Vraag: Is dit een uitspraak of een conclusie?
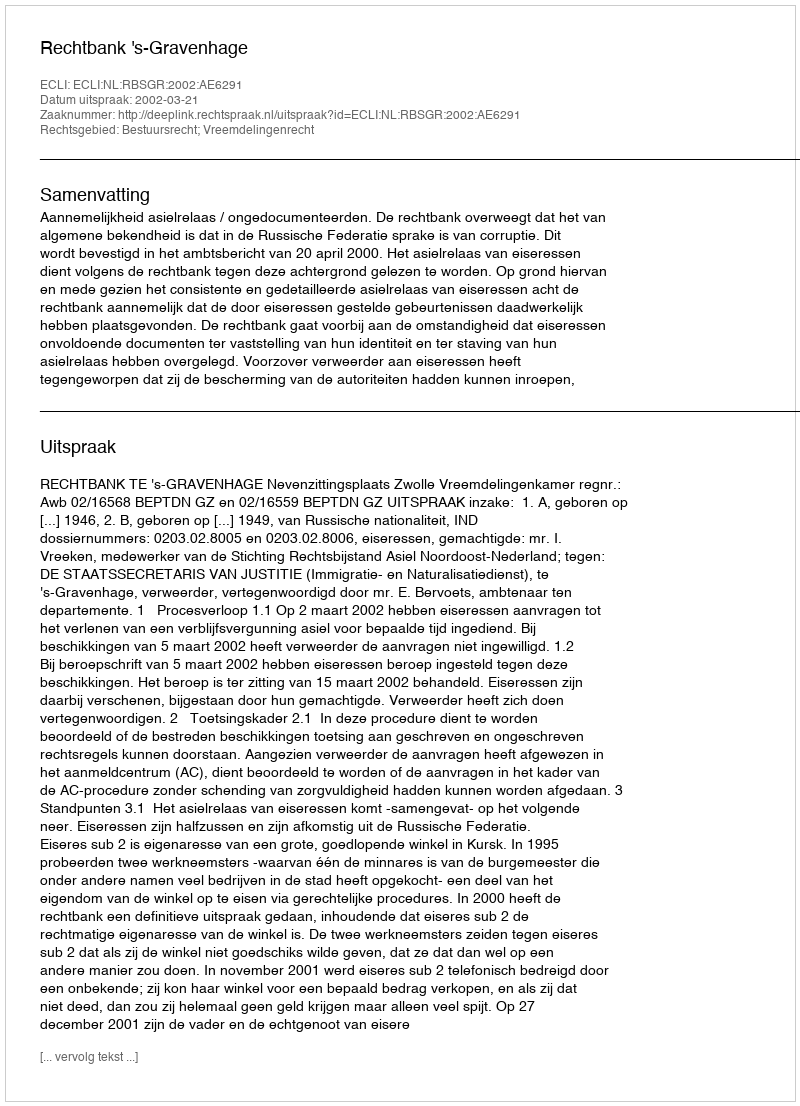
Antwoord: Uitspraak